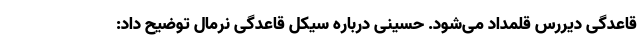
قاعدگی دیررس قلمداد می‌شود. حسینی درباره سیکل قاعدگی نرمال توضیح داد: